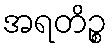
အရတိဉ္စ